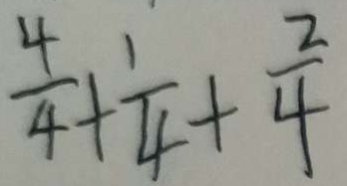
\frac { 4 } { 4 } + \frac { 1 } { 4 } + \frac { 2 } { 4 }